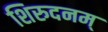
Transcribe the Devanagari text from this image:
शिरुदनम्